Code of medical and sanitary regulations for the guidance of medical officers serving in the Madras Presidency - Volume I
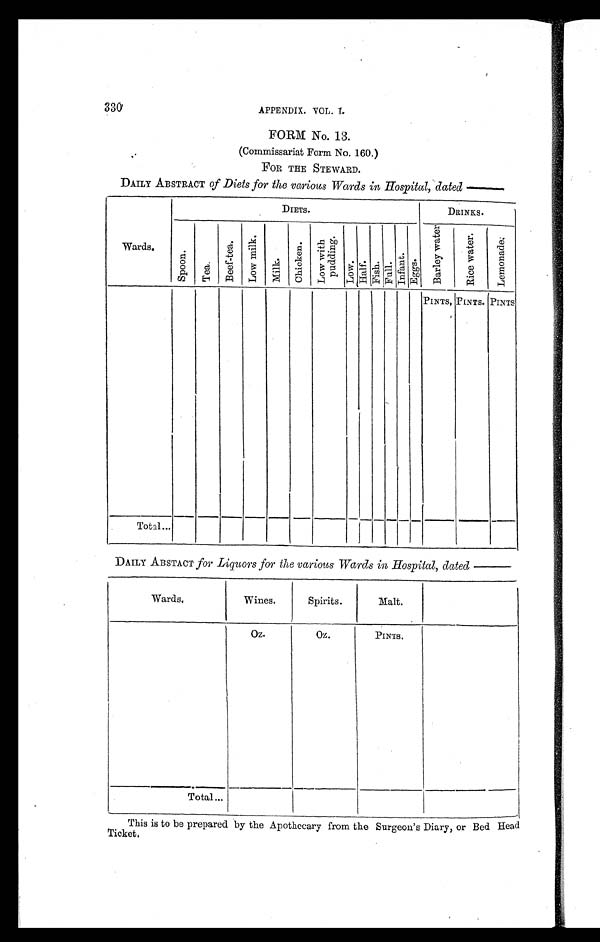
330 APPENDIX. VOL. I.
FORM No. 13.
(Commissariat Form No. 160.)
FOR THE STEWARD.
DAILY ABSTRACT of Diets for the various Wards in Hospital, dated —
Wards.
DIETS.
DRINKS.
S p o o n .
T e a .
B e e f - t e a . L o w m i l k .
M i l k .
C h i c k e n .
L o w w i t h
p u d d i n g .
L o w .
H a l f . F i s h . F u l l . I n f a n t . E g g s .
B a r l e y w a t e r
R i c e w a t e r .
L e m o n a d e .
PINTS, PINTS. PINTS
Total...
DAILY ABSTACT for Liquors for the various Wards in Hospital, dated —
Wards.
Wines.
Spirits.
Malt.
Oz.
Oz.
PINTS.
Total...
This is to be prepared by the Apothecary from the Surgeon's Diary, or Bed Head
Ticket.